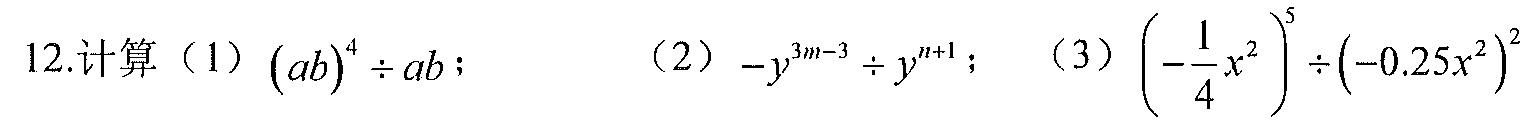
12.计算（1）\((ab)^{4}\div ab\)； （2）\(-y^{3m - 3}\div y^{n + 1}\)； （3）\(\left(-\frac{1}{4}x^{2}\right)^{5}\div\left(-0.25x^{2}\right)^{2}\)